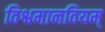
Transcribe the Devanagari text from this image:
विश्वमानवियम्